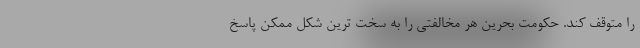
را متوقف کند. حکومت بحرین هر مخالفتی را به سخت ترین شکل ممکن پاسخ